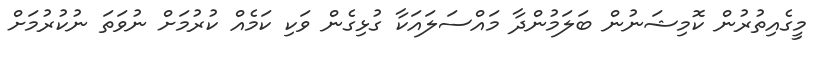
މީގެއިތުރުން ކޮމިޝަނުން ބަލަމުންދާ މައްސަލައަކާ ގުޅިގެން ވަކި ކަމެއް ކުރުމަށް ނުވަތަ ނުކުރުމަށް